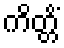
ကိတ္တိံ